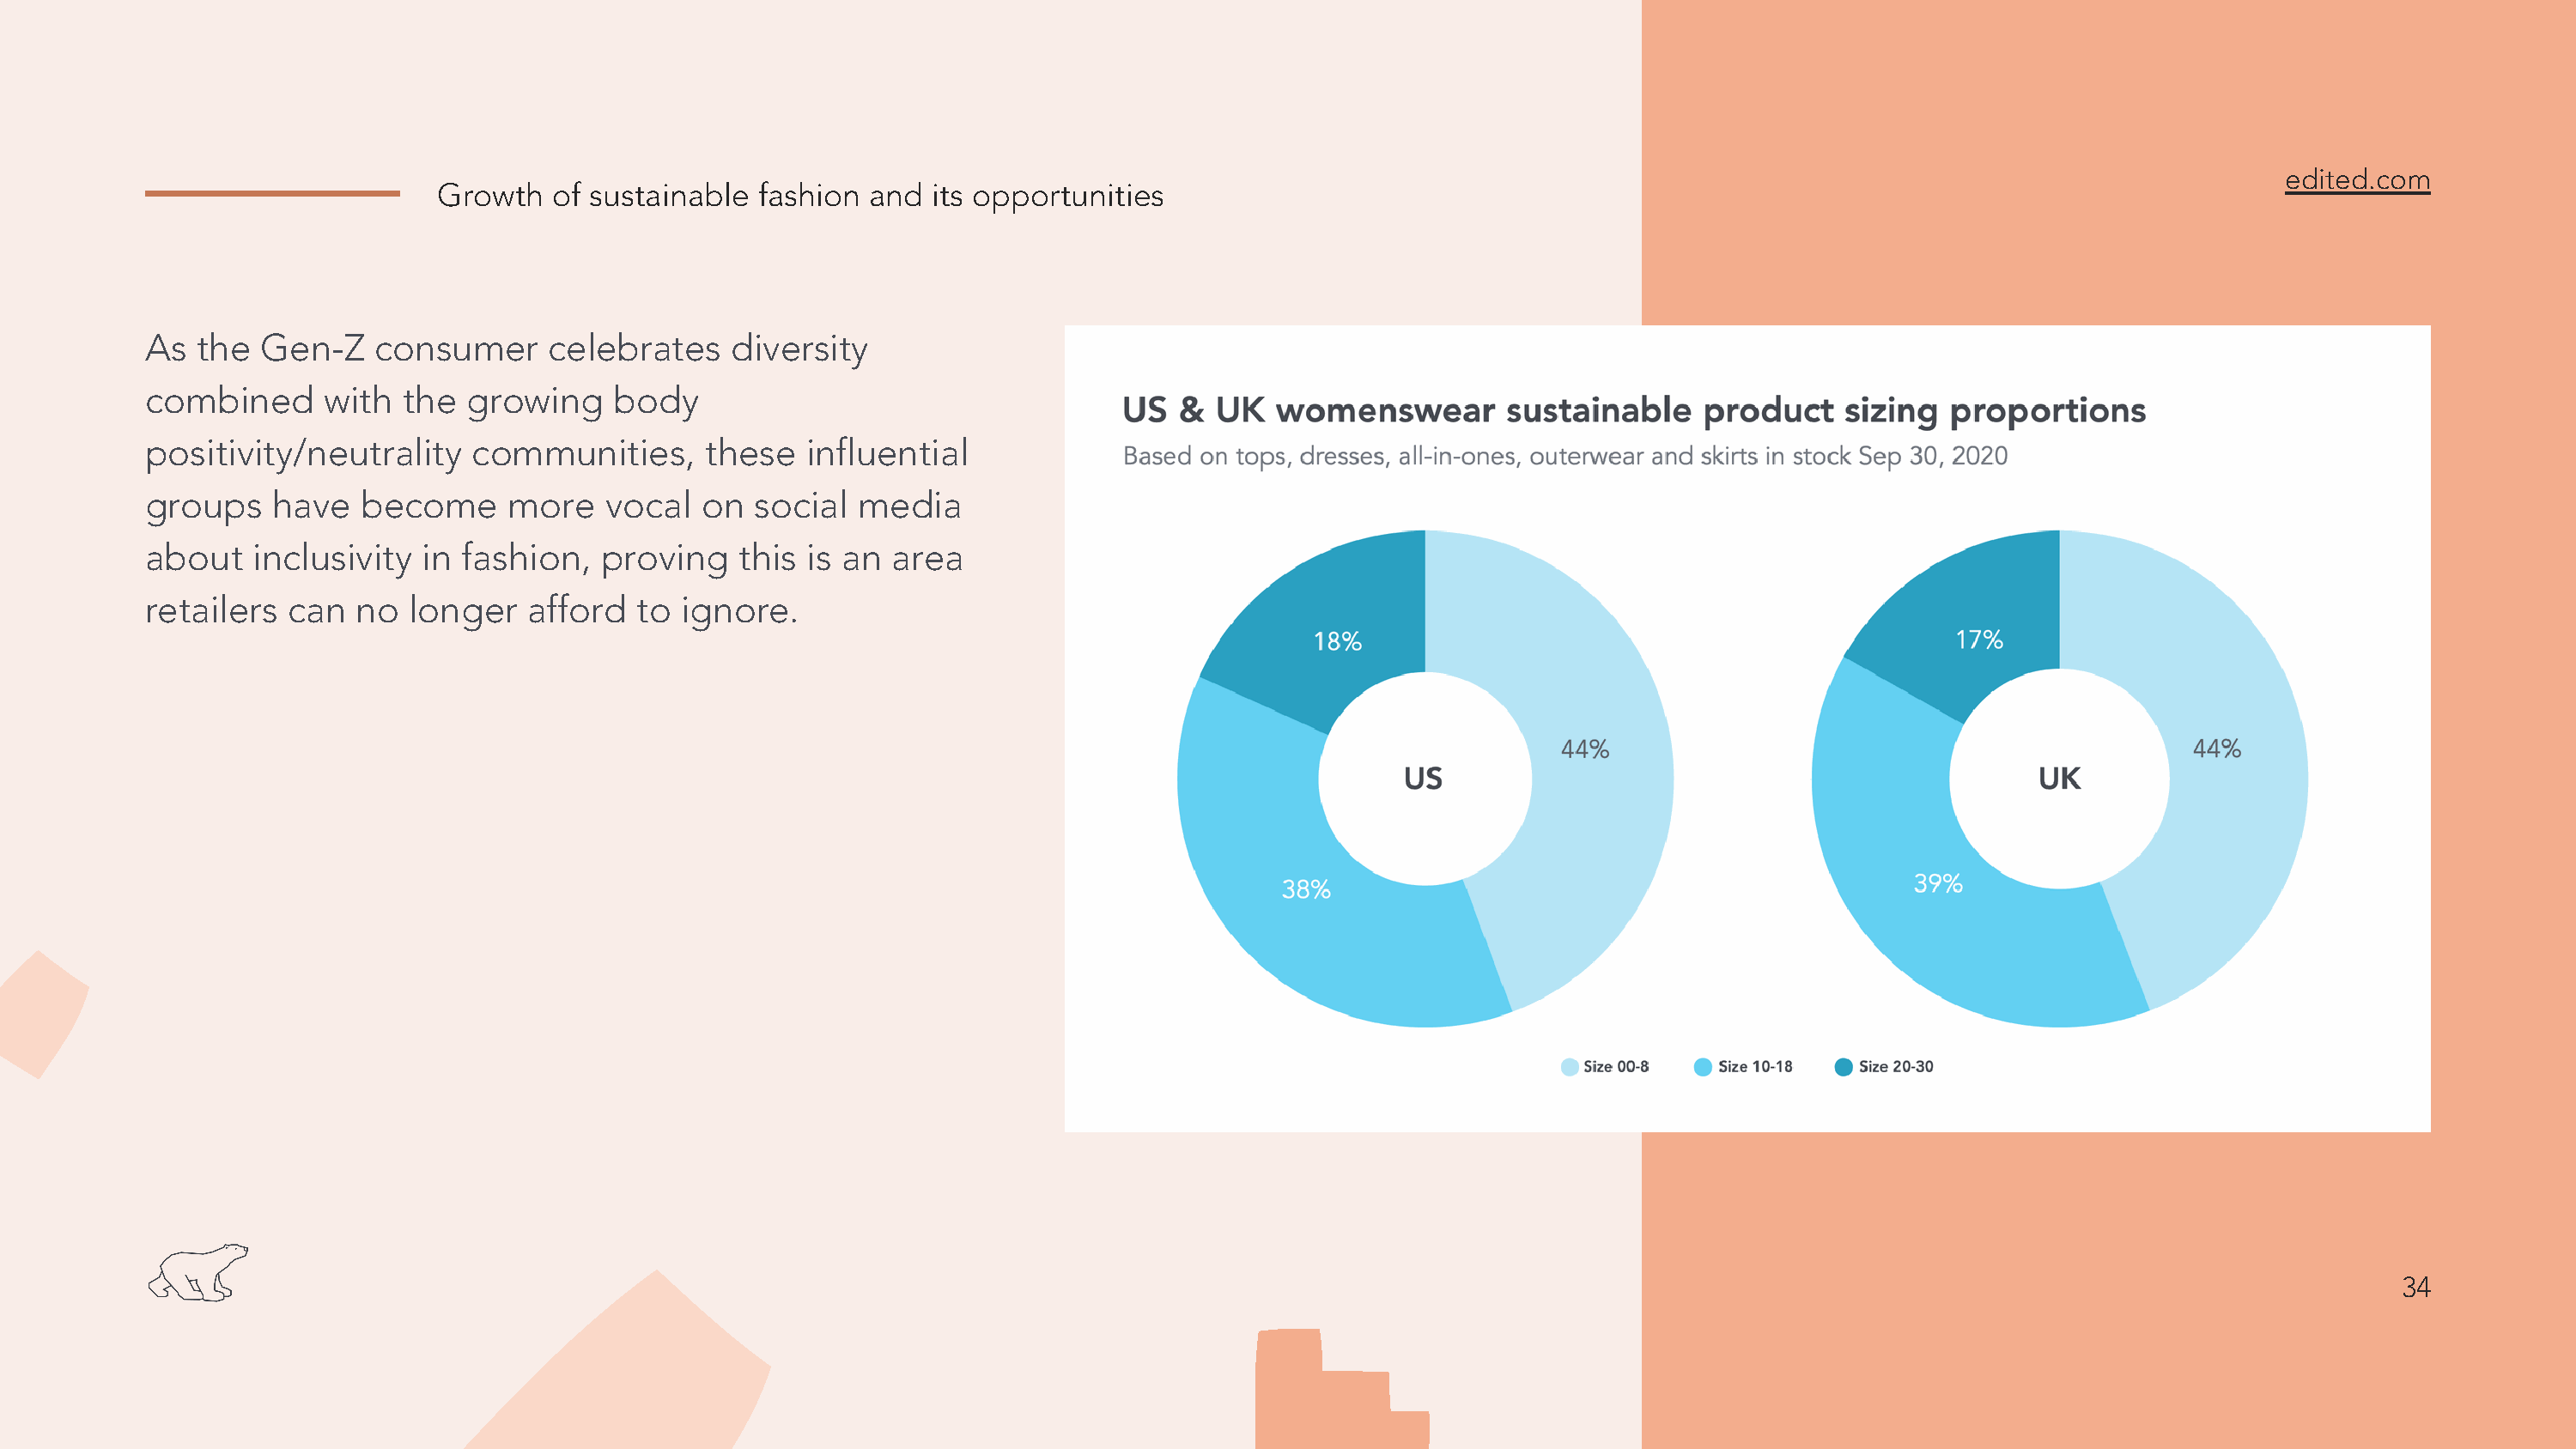
edited.com
 Growth   of sustainable fashion  and  its opportunities
 As  the  Gen-Z    consumer     celebrates    diversity
 combined      with  the  growing    body
 positivity/neutrality    communities,      these   influential
 groups    have   become     more    vocal  on  social  media
 about   inclusivity   in fashion,  proving    this is an  area
 retailers  can  no   longer   afford  to  ignore.
 34